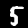
Label: 5